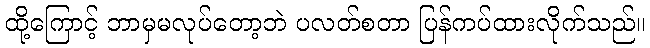
ထို့ကြောင့် ဘာမှမလုပ်တော့ဘဲ ပလတ်စတာ ပြန်ကပ်ထားလိုက်သည်။